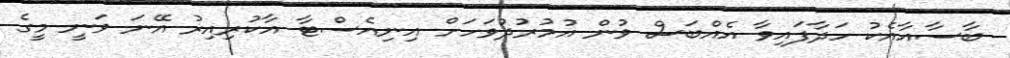
ބާސާއާއެކު ހަދާފައިވާ އެއްބަސް ވުން އުމުރުދުވަހަށް އިނިއެސްޓާ އާކުރިިއިރު އޭނަ ވަނީ މީގެ